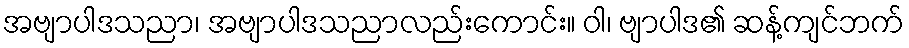
အဗျာပါဒသညာ၊ အဗျာပါဒသညာလည်းကောင်း။ ဝါ၊ ဗျာပါဒ၏ ဆန့်ကျင်ဘက်